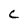
Character: c